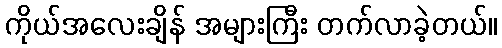
ကိုယ်အလေးချိန် အများကြီး တက်လာခဲ့တယ်။